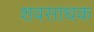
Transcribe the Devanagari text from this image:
शवसाधक